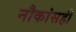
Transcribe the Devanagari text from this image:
नौकांसही